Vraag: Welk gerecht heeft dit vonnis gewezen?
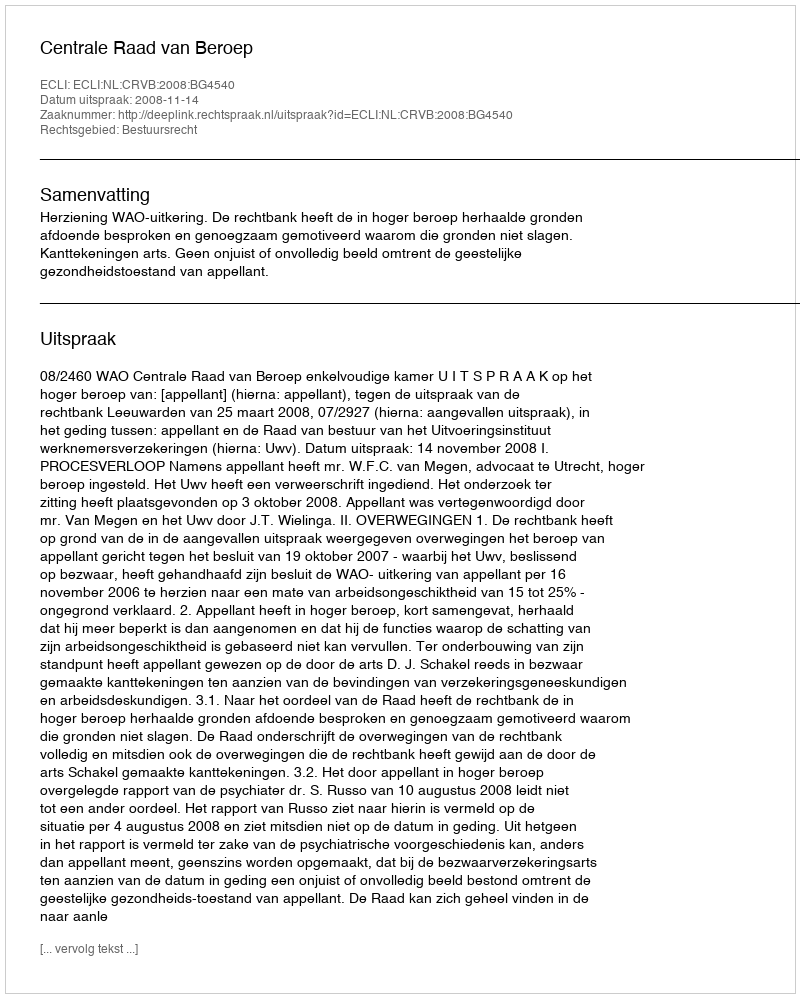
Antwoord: Centrale Raad van Beroep